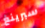
سبرينغ